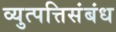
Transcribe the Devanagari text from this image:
व्युत्पत्तिसंबंध